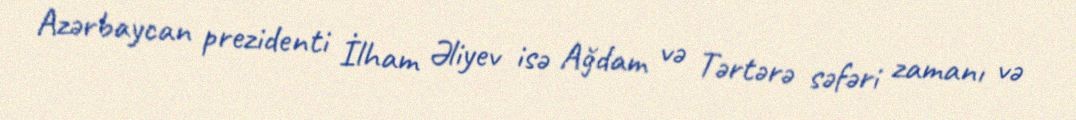
Azərbaycan prezidenti İlham Əliyev isə Ağdam və Tərtərə səfəri zamanı və